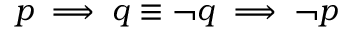
p \implies q \equiv \neg q \implies \neg p